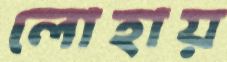
লোহায়